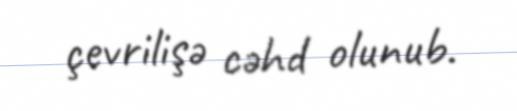
çevrilişə cəhd olunub.